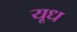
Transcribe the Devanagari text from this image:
यूध